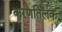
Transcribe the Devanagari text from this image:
करणतिलक